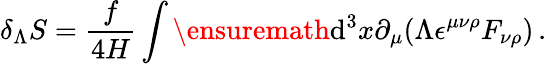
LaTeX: \delta_{\Lambda}S=\frac{f}{4H}\int\ensuremath{\operatorname{d}\! {}^{3}x\partial_{\mu}}(\Lambda\epsilon^{\mu\nu\rho}{F_{\nu\rho}})\, .